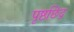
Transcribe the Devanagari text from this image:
पृष्ठछिद्र